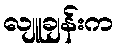
လျူချန်းက